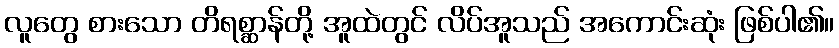
လူတွေ စားသော တိရစ္ဆာန်တို့ အူထဲတွင် လိပ်အူသည် အကောင်းဆုံး ဖြစ်ပါ၏။